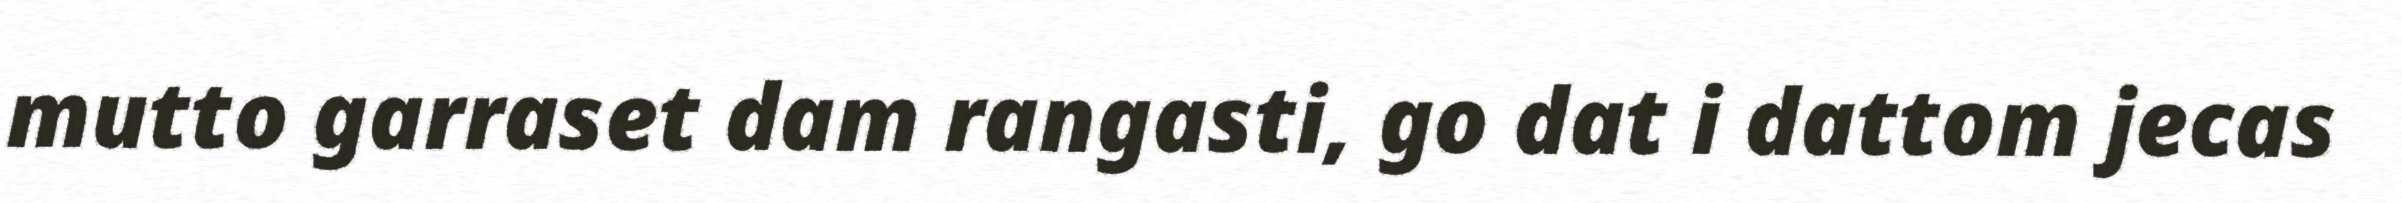
mutto garraset dam rangasti, go dat i dattom jecas